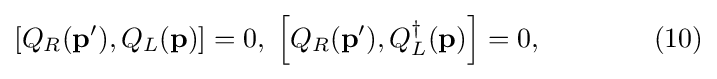
\left[Q_{R}(\mathbf {p} ^{\prime }),Q_{L}(\mathbf {p} )\right]=0,\;\left[Q_{R}(\mathbf {p} ^{\prime }),Q_{L}^{\dagger }(\mathbf {p} )\right]=0,\quad \quad \quad \quad (10)